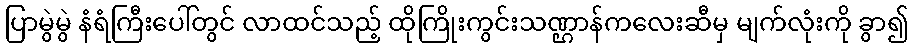
ပြာမွဲမွဲ နံရံကြီးပေါ်တွင် လာထင်သည့် ထိုကြိုးကွင်းသဏ္ဌာန်ကလေးဆီမှ မျက်လုံးကို ခွာ၍